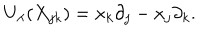
U _ { \lambda } ( X _ { j k } ) = x _ { k } \partial _ { j } - x _ { j } \partial _ { k } .